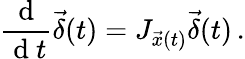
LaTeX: \frac{\mathrm{~d~}}{\mathrm{~d~}t}\vec{\delta}(t)=J_{\vec{x}(t)}\vec{\delta}(t)\, .